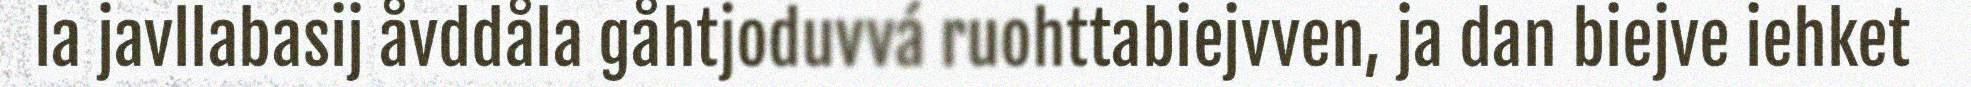
la javllabasij åvddåla gåhtjoduvvá ruohttabiejvven, ja dan biejve iehket